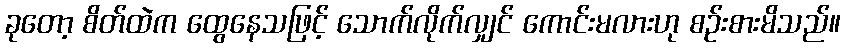
ခုတော့ စိတ်ထဲက ထွေနေသဖြင့် သောက်လိုက်လျှင် ကောင်းမလားဟု စဉ်းစားမိသည်။